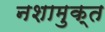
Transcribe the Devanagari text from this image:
नशामुक्त